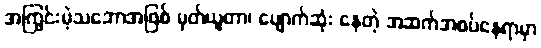
အကြွင်းမဲ့သဘောအဖြစ် မှတ်ယူတာ၊ ပျောက်ဆုံး နေတဲ့ အဆက်အစပ်နေရာမှာ